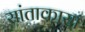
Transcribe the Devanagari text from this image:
सांताकासा